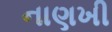
નાણખી